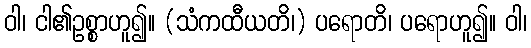
ဝါ၊ ငါ၏ဥစ္စာဟူ၍။ (သံကထီယတိ၊) ပရောတိ၊ ပရောဟူ၍။ ဝါ၊